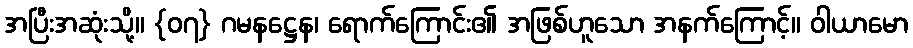
အပြီးအဆုံးသို့။ {၀၇} ဂမနဋ္ဌေန၊ ရောက်ကြောင်း၏ အဖြစ်ဟူသော အနက်ကြောင့်။ ဝါယာမော